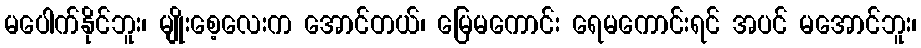
မပေါက်နိုင်ဘူး၊ မျိုးစေ့လေးက အောင်တယ်၊ မြေမကောင်း ရေမကောင်းရင် အပင် မအောင်ဘူး၊